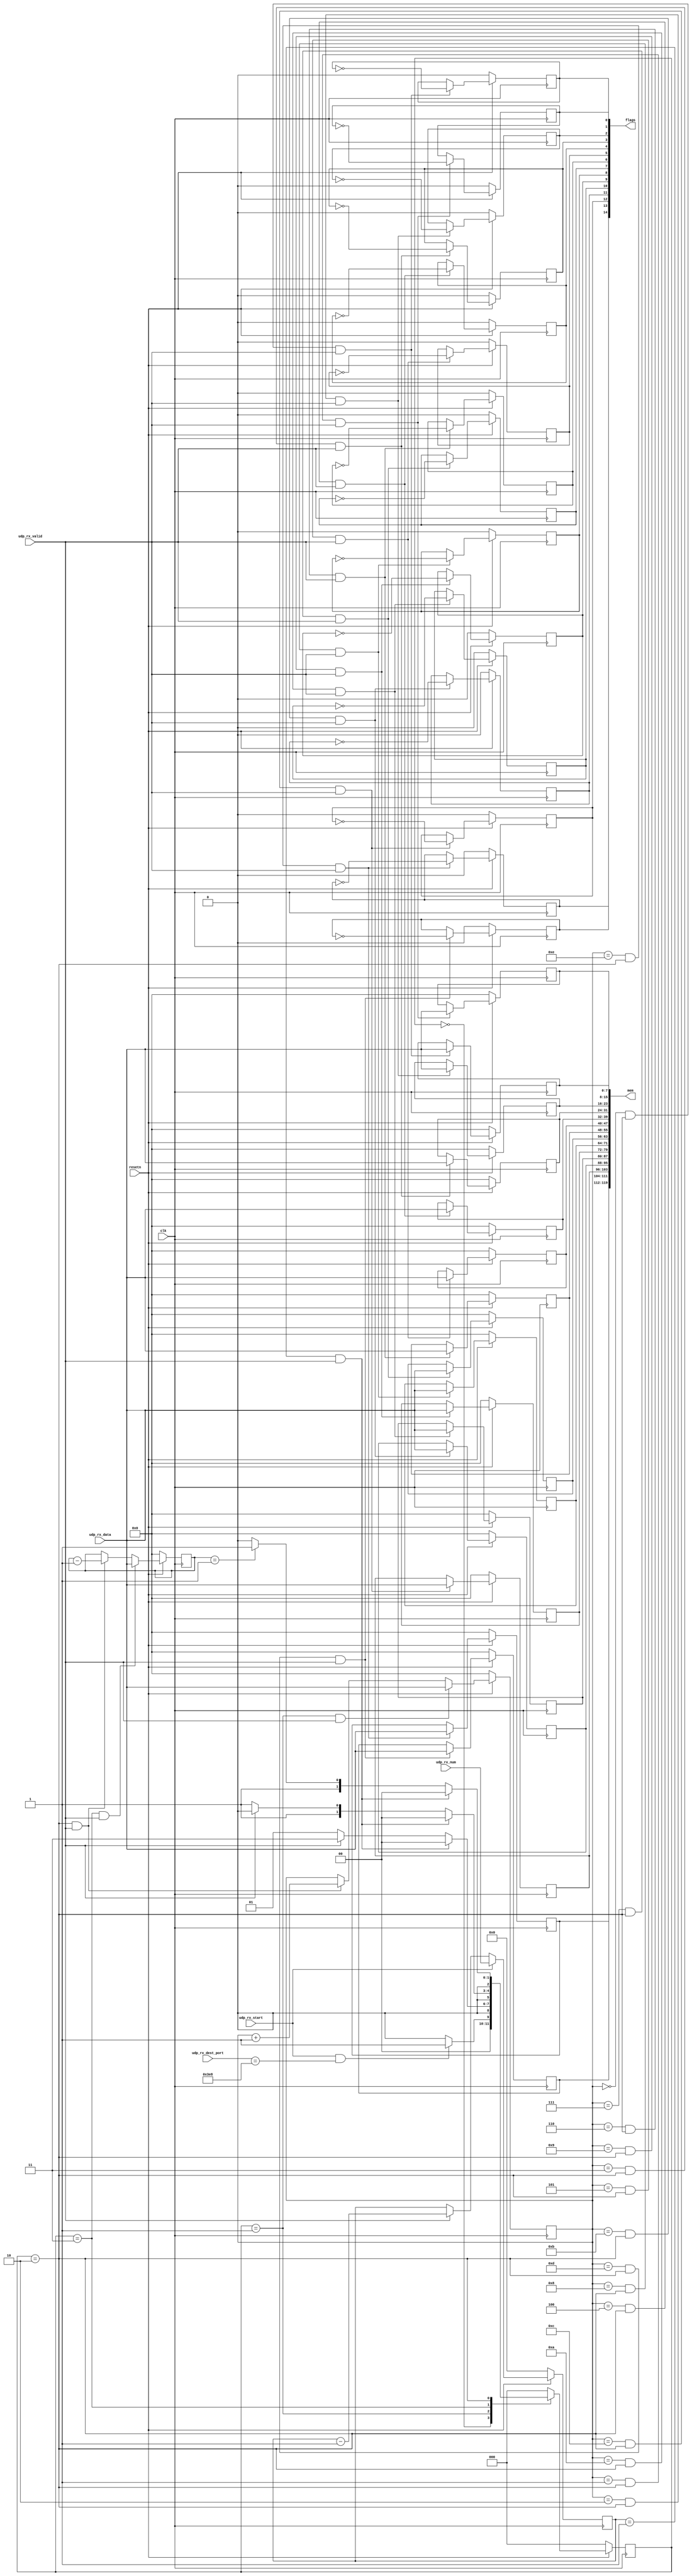
//
//  INDEX,LEN,D0,D1,D2,...,D(LEN-1),INDEX,LEN,D1,D2,...,D(LEN-1)
// 
//
module udp_wr_mem #(
    parameter integer REG_NUM = 15,
    parameter reg [15:0] PORT = 16'd1000

) (
    input clk,
    input resetn,

    input [ 7:0] udp_rx_data,       // 
    input        udp_rx_valid,      // 
    input [15:0] udp_rx_dest_port,  // 
    input [15:0] udp_rx_num,        // 
    input        udp_rx_start,      // 

    output reg [REG_NUM*8-1:0] mem,
    output reg [  REG_NUM-1:0] flags
);


  localparam reg [1:0] IDLE = 2'b00;
  localparam reg [1:0] INDEX = 2'b01;
  localparam reg [1:0] LEN = 2'b11;
  localparam reg [1:0] DATA = 2'b10;


  reg [ 2:0] state;
  reg [ 7:0] index;
  reg [ 7:0] data_count;
  reg [15:0] pkt_data_cnt;

  //! 
  always @(posedge clk) begin
    if (~resetn) begin
      pkt_data_cnt <= 0;
    end else if (udp_rx_start) begin
      pkt_data_cnt <= udp_rx_num;
    end else if (udp_rx_valid) begin
      pkt_data_cnt <= pkt_data_cnt - 1;
    end else begin
      pkt_data_cnt <= pkt_data_cnt;
    end
  end



  //! index INDEX
  always @(posedge clk) begin
    if (~resetn) begin
      index <= 0;
    end else if (state == INDEX && udp_rx_valid) begin
      index <= udp_rx_data;
    end else if (state == DATA && udp_rx_valid) begin
      index <= index + 1;
    end else begin
      index <= index;
    end
  end

  //! LENDATA
  always @(posedge clk) begin
    if (~resetn) begin
      data_count <= 0;
    end else if (state == LEN && udp_rx_valid) begin
      data_count <= udp_rx_data;
    end else if (state == DATA && udp_rx_valid) begin
      data_count <= data_count - 1;
    end else begin
      data_count <= data_count;
    end
  end

  genvar i;
  generate
    for (i = 0; i < REG_NUM; i = i + 1) begin : g_mem
      always @(posedge clk) begin
        if (~resetn) begin
          mem[i*8 +: 8] <= 0;
          flags[i] <= 0;
        end else if (index == i && state == DATA && udp_rx_valid) begin
          mem[i*8 +: 8] <= udp_rx_data;
          flags[i] <= ~flags[i];
        end else begin
          mem[i*8 +: 8] <= mem[i*8 +: 8];
          flags[i] <= flags[i];
        end
      end
    end
  endgenerate


  //! 
  always @(posedge clk) begin
    if (~resetn) begin
      state <= IDLE;
    end else begin
      case (state)
        IDLE: begin
          if (udp_rx_start && udp_rx_dest_port == PORT) begin
            state <= INDEX;
          end else begin
            state <= IDLE;
          end
        end
        INDEX: begin
          if (pkt_data_cnt == 1 && udp_rx_valid) begin
            state <= IDLE;
          end else if (udp_rx_valid) begin
            state <= LEN;
          end else begin
            state <= INDEX;
          end
        end
        LEN: begin
          if (pkt_data_cnt == 1 && udp_rx_valid) begin
            state <= IDLE;
          end else if (udp_rx_valid) begin
            state <= DATA;
          end else begin
            state <= LEN;
          end
        end
        DATA: begin
          if (pkt_data_cnt == 1 && udp_rx_valid) begin
            state <= IDLE;
          end else if (data_count == 1) begin
            state <= LEN;
          end else begin
            state <= DATA;
          end
        end
        default: begin
          state <= IDLE;
        end
      endcase
    end
  end

endmodule